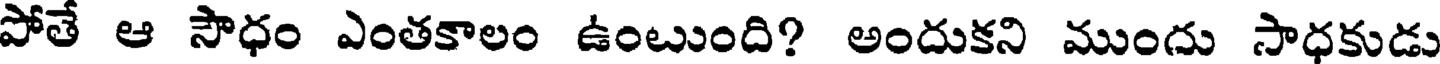
పోతే ఆ సౌధం ఎంతకాలం ఉంటుంది? అందుకని ముందు సాధకుడు